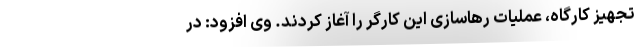
تجهیز کارگاه، عملیات رهاسازی این کارگر را آغاز کردند. وی افزود: در